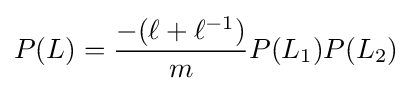
P(L)={\frac {-(\ell +\ell ^{-1})}{m}}P(L_{1})P(L_{2})